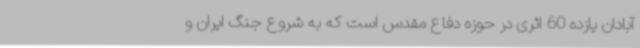
آبادان یازده 60 اثری در حوزه دفاع مقدس است که به شروع جنگ ایران و